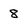
Character: 8